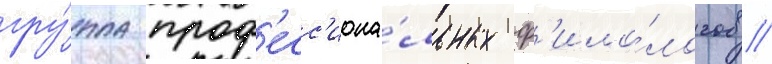
гру́ппа проф'есс'иона́льных ф'ило́логов //